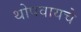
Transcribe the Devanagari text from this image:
थोपवायचे